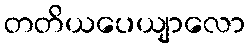
တတိယပေယျာလော